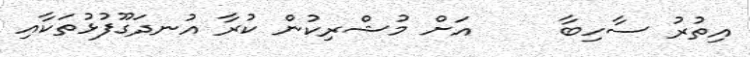
އިތުރު ސާހިބާ     އަށް މުޝްރިކުން ކުރާ އުނދަގޫފުޅުތަކާއި